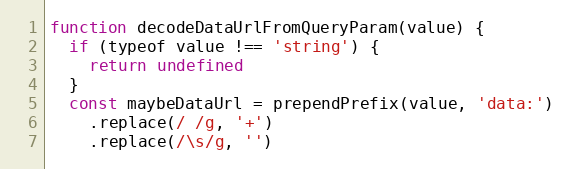
Language: JavaScript
function decodeDataUrlFromQueryParam(value) {
  if (typeof value !== 'string') {
    return undefined
  }
  const maybeDataUrl = prependPrefix(value, 'data:')
    .replace(/ /g, '+')
    .replace(/\s/g, '')